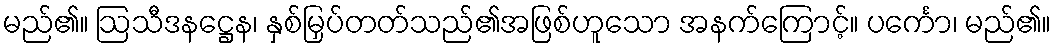
မည်၏။ ဩသီဒနဋ္ဌေန၊ နှစ်မြှပ်တတ်သည်၏အဖြစ်ဟူသော အနက်ကြောင့်။ ပင်္ကော၊ မည်၏။